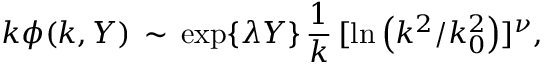
k \phi ( k , Y ) \, \sim \, \exp \{ \lambda Y \} \, { \frac { 1 } { k } } \, [ \ln \left( { k ^ { 2 } } / { k _ { 0 } ^ { 2 } } \right) ] ^ { \nu } ,